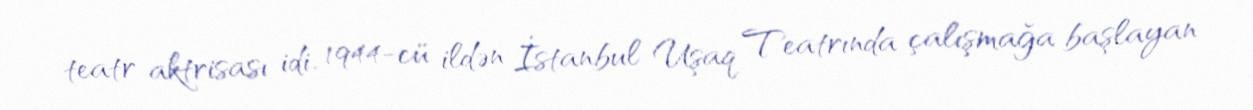
teatr aktrisası idi. 1944-cü ildən İstanbul Uşaq Teatrında çalışmağa başlayan